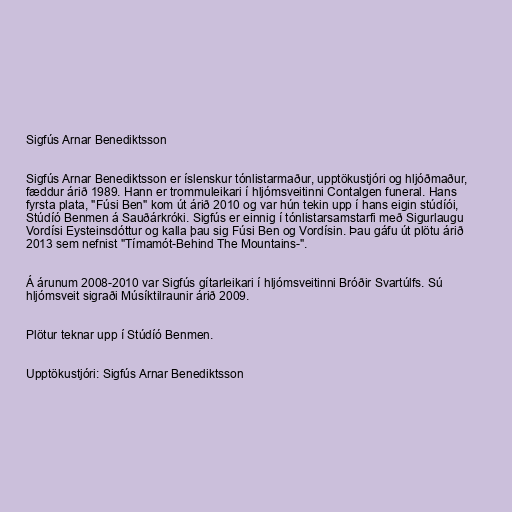
Sigfús Arnar Benediktsson

Sigfús Arnar Benediktsson er íslenskur tónlistarmaður, upptökustjóri og hljóðmaður,
fæddur árið 1989. Hann er trommuleikari í hljómsveitinni Contalgen funeral. Hans
fyrsta plata, "Fúsi Ben" kom út árið 2010 og var hún tekin upp í hans eigin stúdíói,
Stúdíó Benmen á Sauðárkróki. Sigfús er einnig í tónlistarsamstarfi með Sigurlaugu
Vordísi Eysteinsdóttur og kalla þau sig Fúsi Ben og Vordísin. Þau gáfu út plötu árið
2013 sem nefnist "Tímamót-Behind The Mountains-".

Á árunum 2008-2010 var Sigfús gítarleikari í hljómsveitinni Bróðir Svartúlfs. Sú
hljómsveit sigraði Músíktilraunir árið 2009.

Plötur teknar upp í Stúdíó Benmen.

Upptökustjóri: Sigfús Arnar Benediktsson